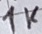
Text: 1K